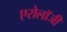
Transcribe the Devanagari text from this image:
एरोलॉजी